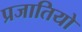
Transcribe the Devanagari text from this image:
प्रजातियो